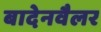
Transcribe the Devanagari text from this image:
बादेनवैलर